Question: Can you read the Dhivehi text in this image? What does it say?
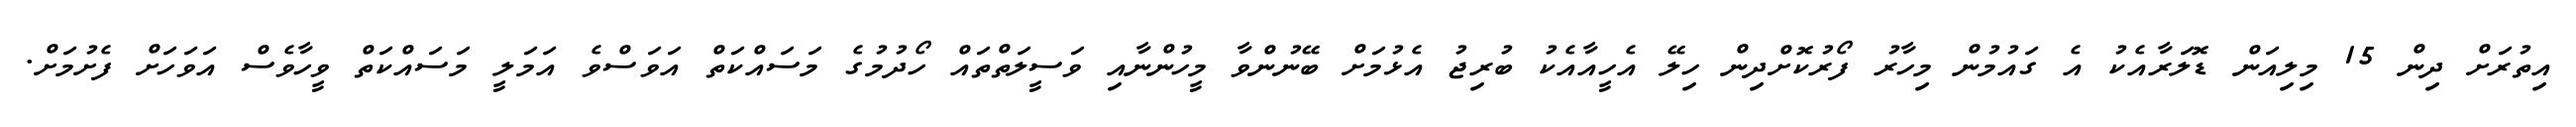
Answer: އިތުރަށް ދިން 15 މިލިއަން ޑޮލަރާއެކު އެ ގައުމުން މިހާރު ފޯރުކޮށްދިން ހިލޭ އެހީއާއެކު ބުރިޖު އެޅުމަށް ބޭނުންވާ މީހުންނާއި ވަސީލަތްތައް ހޯދުމުގެ މަސައްކަތް އަވަސްވެ އަމަލީ މަސައްކަތް ވީހާވެސް އަވަހަށް ފެށުމަށް.